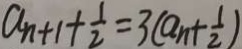
a _ { n + 1 } + \frac { 1 } { 2 } = 3 ( a _ { n } + \frac { 1 } { 2 } )